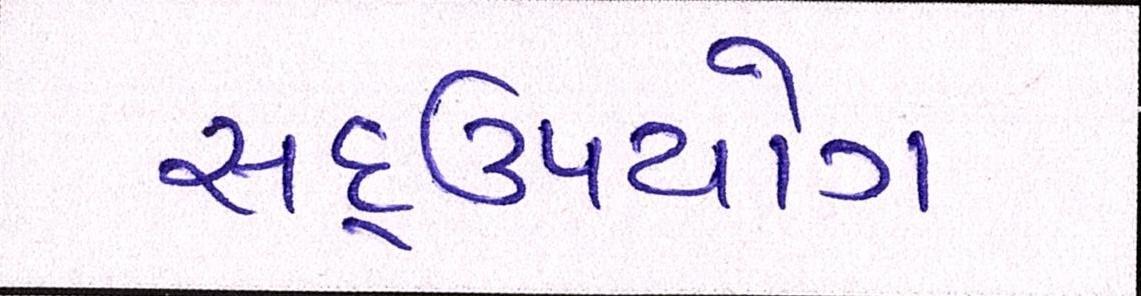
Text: સદ્ઉપયોગ